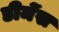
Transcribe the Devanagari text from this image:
डीमेंस